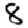
Digit: 8